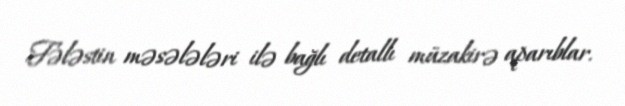
Fələstin məsələləri ilə bağlı detallı müzakirə aparıblar.